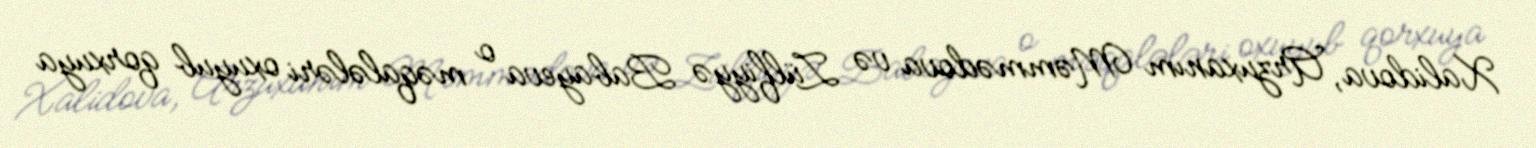
Xalidova, Arzuxanım Məmmədova və Zülfiyyə Babayeva o məqalələri oxuyub qorxuya